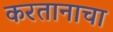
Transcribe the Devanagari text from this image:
करतानाचा